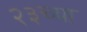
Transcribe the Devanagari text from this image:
२३च्या